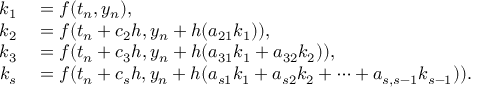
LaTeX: \begin{array} { r l } { k _ { 1 } } & { { } = f ( t _ { n } , y _ { n } ) , } \\ { k _ { 2 } } & { { } = f ( t _ { n } + c _ { 2 } h , y _ { n } + h ( a _ { 2 1 } k _ { 1 } ) ) , } \\ { k _ { 3 } } & { { } = f ( t _ { n } + c _ { 3 } h , y _ { n } + h ( a _ { 3 1 } k _ { 1 } + a _ { 3 2 } k _ { 2 } ) ) , } \\ { k _ { s } } & { { } = f ( t _ { n } + c _ { s } h , y _ { n } + h ( a _ { s 1 } k _ { 1 } + a _ { s 2 } k _ { 2 } + \cdots + a _ { s , s - 1 } k _ { s - 1 } ) ) . } \end{array}